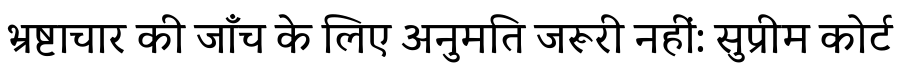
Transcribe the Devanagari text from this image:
भ्रष्टाचार की जाँच के लिए अनुमति जरूरी नहीं: सुप्रीम कोर्ट